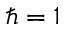
\hbar = 1